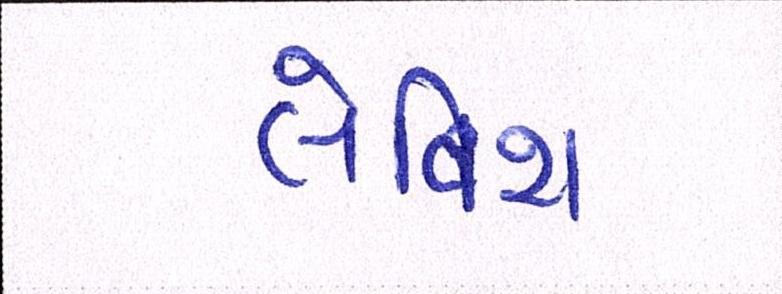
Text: લેવિશ